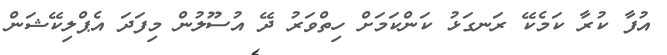
އުފާ ކުރާ ކަމެކޭ ރަނގަޅު ކަންކަމަށް ހިތްވަރު ދޭ އުސޫލުން މިފަދަ އެޕްލިކޭޝަން